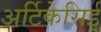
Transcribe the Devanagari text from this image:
अर्टिकेसिई